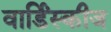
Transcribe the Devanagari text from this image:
वार्डिंस्कीज